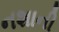
નશાની